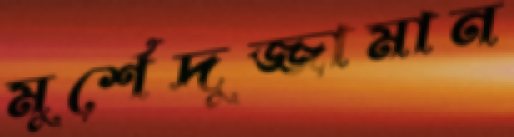
মুর্শেদুজ্জামান